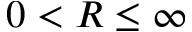
0 < R \leq \infty